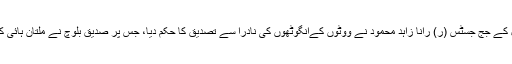
21 مئی 2014 ءکو الیکشن ٹریبونل کے جج جسٹس (ر) رانا زاہد محمود نے ووٹوں کےانگوٹھوں کی نادرا سے تصدیق کا حکم دیا، جس پر صدیق بلوچ نے ملتان ہائی کورٹ سے حکم امتناع حاصل کرلیا ۔